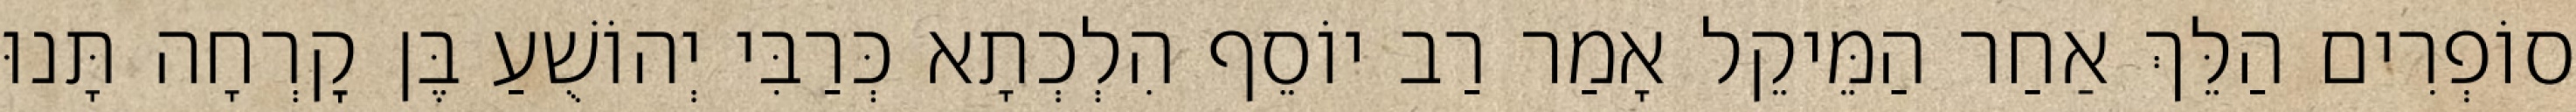
סוֹפְרִים הַלֵּךְ אַחַר הַמֵּיקֵל אָמַר רַב יוֹסֵף הִלְכְתָא כְּרַבִּי יְהוֹשֻׁעַ בֶּן קׇרְחָה תָּנוּ